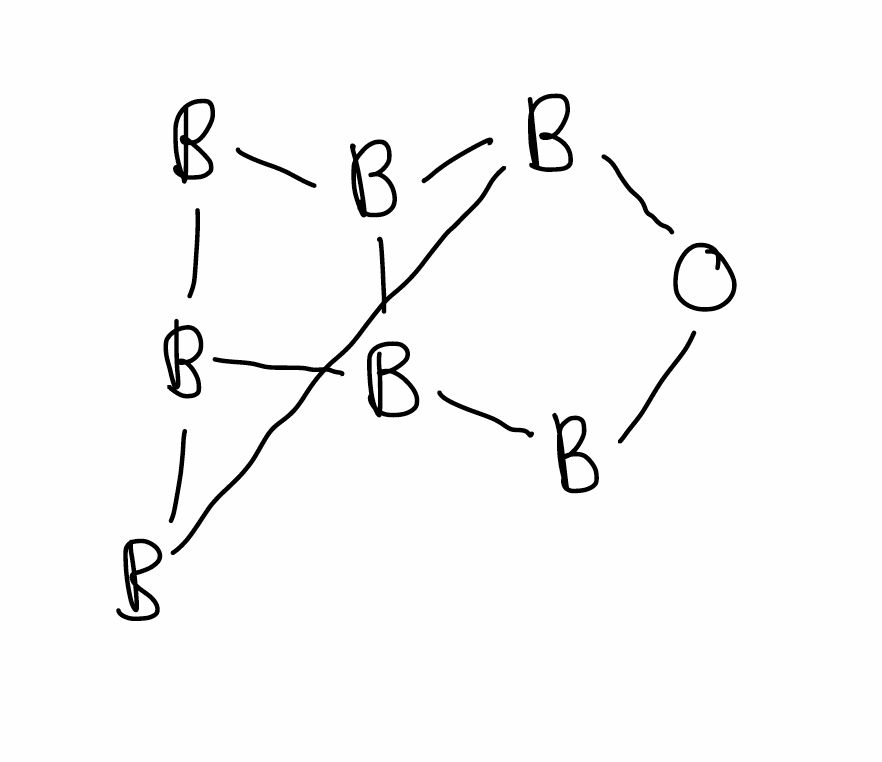
Simplified molecular-input line-entry system (SMILES) notation of the given molecule:
[B]1B2B3B4B1OB3B24